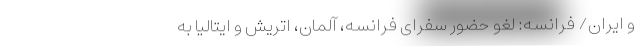
و ایران/ فرانسه: لغو حضور سفرای فرانسه، آلمان، اتریش و ایتالیا به